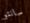
سانتو